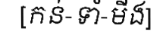
[កន់-ទាំ-មីង]